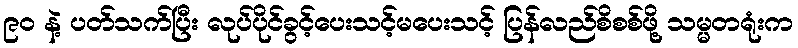
၉ဝ နဲ့ ပတ်သက်ပြီး လုပ်ပိုင်ခွင့်ပေးသင့်မပေးသင့် ပြန်လည်စိစစ်ဖို့ သမ္မတရုံးက